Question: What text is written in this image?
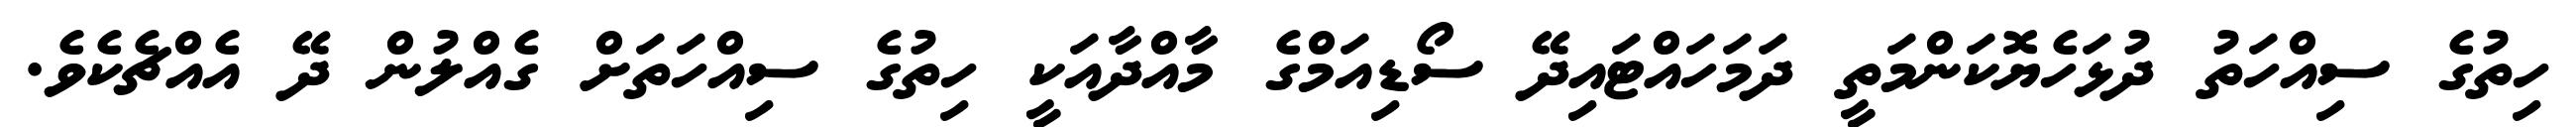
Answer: ހިތުގެ ސިއްހަތު ދުޅަހެޔޮކަންމަތީ ދަމަހައްޓައިދޭ ސޯޑިއަމްގެ މާއްދާއަކީ ހިތުގެ ސިއްހަތަށް ގެއްލުން ދޭ އެއްޗެކެވެ.